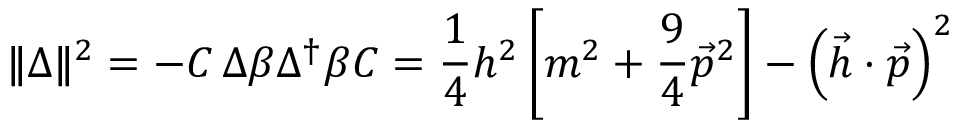
| \! | \Delta | \! | ^ { 2 } = - C \, \Delta \beta \Delta ^ { \dagger } \beta C = \frac 1 4 h ^ { 2 } \left[ m ^ { 2 } + \frac 9 4 \vec { p } ^ { 2 } \right] - \left( \vec { h } \cdot \vec { p } \right) ^ { 2 }